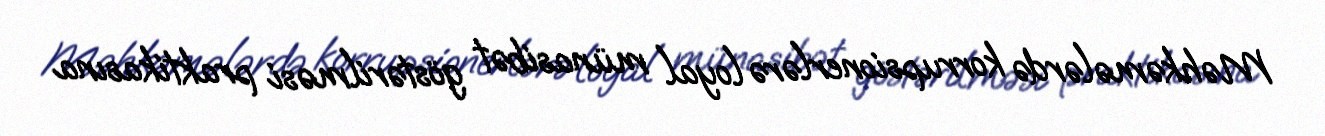
Məhkəmələrdə korrupsionerlərə loyal münasibət göstərilməsi praktikasına